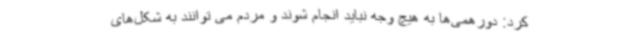
کرد: دورهمی‌ها به هیچ وجه نباید انجام شوند و مردم می توانند به شکل‌های